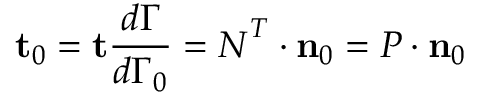
\mathbf { t } _ { 0 } = \mathbf { t } { \frac { d { \Gamma } } { d \Gamma _ { 0 } } } = { \boldsymbol { N } } ^ { T } \cdot \mathbf { n } _ { 0 } = { \boldsymbol { P } } \cdot \mathbf { n } _ { 0 }